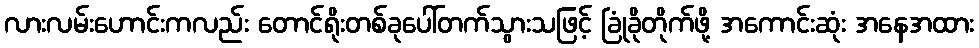
လားလမ်းဟောင်းကလည်း တောင်ရိုးတစ်ခုပေါ်တက်သွားသဖြင့် ခြုံခိုတိုက်ဖို့ အကောင်းဆုံး အနေအထား